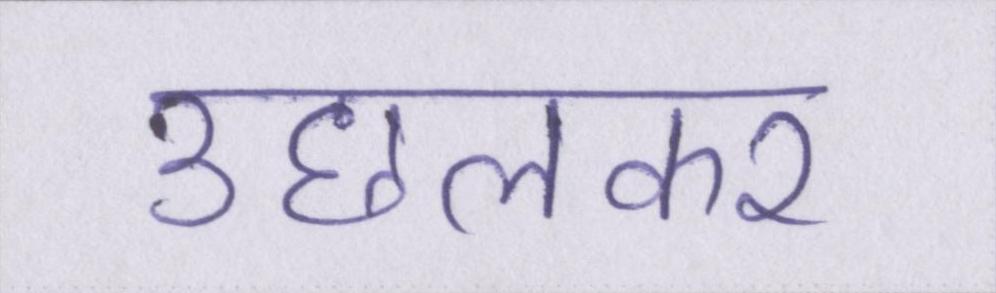
उछलकर